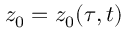
z _ { 0 } = z _ { 0 } ( \tau , t )